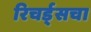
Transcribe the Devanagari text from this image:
रिचर्ड्सचा